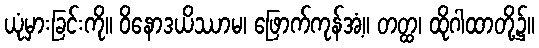
ယုံမှားခြင်းကို။ ဝိနောဒယိဿာမ၊ ဖြောက်ကုန်အံ့။ တတ္ထ၊ ထိုဂါထာတို့၌။